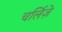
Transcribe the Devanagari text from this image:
चर्लिज़े